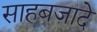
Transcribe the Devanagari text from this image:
साहबज़ादे